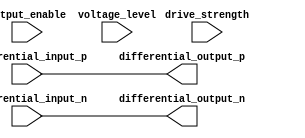
module differential_buffer (
    input wire  differential_input_p,
    input wire  differential_input_n,
    output wire differential_output_p,
    output wire differential_output_n,
    input wire  output_enable,
    input wire  [1:0] drive_strength,
    input wire  [1:0] voltage_level
);

assign differential_output_p = differential_input_p;
assign differential_output_n = differential_input_n;

// Additional features implementation can be added here

endmodule